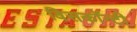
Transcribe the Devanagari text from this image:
विसकॉन्टी